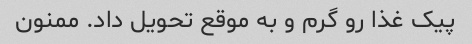
پیک غذا رو گرم و به موقع تحویل داد. ممنون